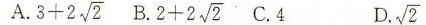
A. $$3+2 \sqrt{2}$$ B. $$2+2 \sqrt{2}$$ C.4 D. $$\sqrt{2}$$